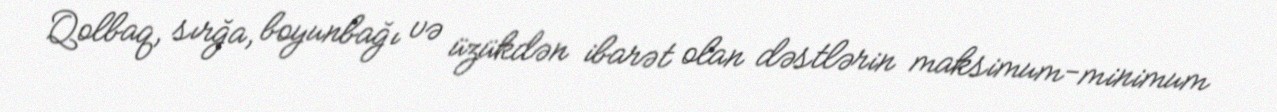
Qolbaq, sırğa, boyunbağı və üzükdən ibarət olan dəstlərin maksimum-minimum